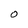
Character: O